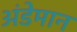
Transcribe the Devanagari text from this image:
अंडेमान